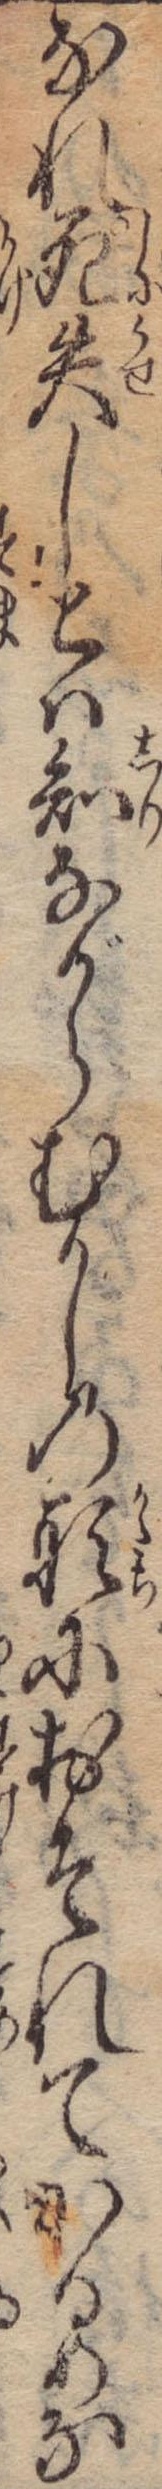
なれ死失しとは知ながらむかしの形におそれてかるめな